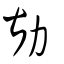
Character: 勘